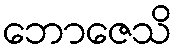
ဘောဇေသိ